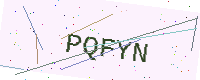
Text: PQFYN